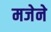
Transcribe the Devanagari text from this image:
मजेने